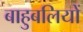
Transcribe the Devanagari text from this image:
बाहुबलियों